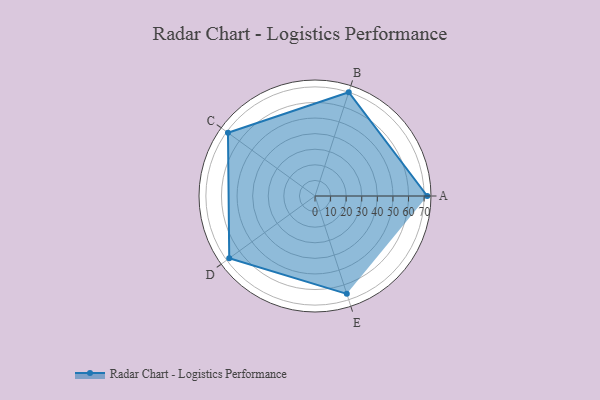
{"axis": {"x": "Skill", "y": "Score"}, "legend": ["Profile"], "data": [{"x": "A", "y": 72.0, "type": "Profile"}, {"x": "B", "y": 70.0, "type": "Profile"}, {"x": "C", "y": 69.0, "type": "Profile"}, {"x": "D", "y": 68.0, "type": "Profile"}, {"x": "E", "y": 66.0, "type": "Profile"}]}